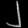
Digit: ၂